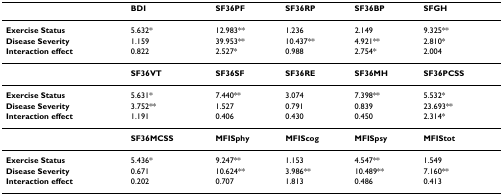
<table><thead><tr><td></td><td><b>BDI</b></td><td><b>SF36PF</b></td><td><b>SF36RP</b></td><td><b>SF36BP</b></td><td><b>SFGH</b></td></tr></thead><tbody><tr><td><b>Exercise Status</b></td><td>5.632*</td><td>12.983**</td><td>1.236</td><td>2.149</td><td>9.325**</td></tr><tr><td><b>Disease Severity</b></td><td>1.159</td><td>39.953**</td><td>10.437**</td><td>4.921**</td><td>2.810*</td></tr><tr><td><b>Interaction effect</b></td><td>0.822</td><td>2.527*</td><td>0.988</td><td>2.754*</td><td>2.004</td></tr><tr><td></td><td><b>SF36VT</b></td><td><b>SF36SF</b></td><td><b>SF36RE</b></td><td><b>SF36MH</b></td><td><b>SF36PCSS</b></td></tr><tr><td><b>Exercise Status</b></td><td>5.631*</td><td>7.440**</td><td>3.074</td><td>7.398**</td><td>5.532*</td></tr><tr><td><b>Disease Severity</b></td><td>3.752**</td><td>1.527</td><td>0.791</td><td>0.839</td><td>23.693**</td></tr><tr><td><b>Interaction effect</b></td><td>1.191</td><td>0.406</td><td>0.430</td><td>0.450</td><td>2.314*</td></tr><tr><td></td><td><b>SF36MCSS</b></td><td><b>MFISphy</b></td><td><b>MFIScog</b></td><td><b>MFISpsy</b></td><td><b>MFIStot</b></td></tr><tr><td><b>Exercise Status</b></td><td>5.436*</td><td>9.247**</td><td>1.153</td><td>4.547**</td><td>1.549</td></tr><tr><td><b>Disease Severity</b></td><td>0.671</td><td>10.624**</td><td>3.986**</td><td>10.489**</td><td>7.160**</td></tr><tr><td><b>Interaction effect</b></td><td>0.202</td><td>0.707</td><td>1.813</td><td>0.486</td><td>0.413</td></tr></tbody></table>